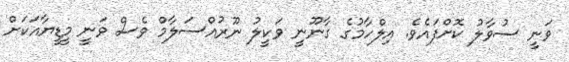
ވަނީ ސުވާލު ކޮށްފައެވެ. އިލްހާމުގެ ގާނޫނީ ވަކީލު ނޫރުއްސަލާމް ވެސް ވަނީ މީޑީޔާއަކަށް